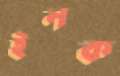
ইনক